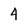
Character: 4